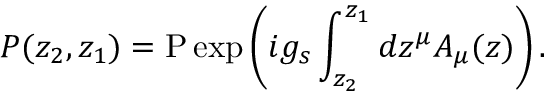
P ( z _ { 2 } , z _ { 1 } ) = \mathrm { P } \exp \left( i g _ { s } \int _ { z _ { 2 } } ^ { z _ { 1 } } d z ^ { \mu } A _ { \mu } ( z ) \right) .